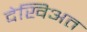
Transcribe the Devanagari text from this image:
देखिअत